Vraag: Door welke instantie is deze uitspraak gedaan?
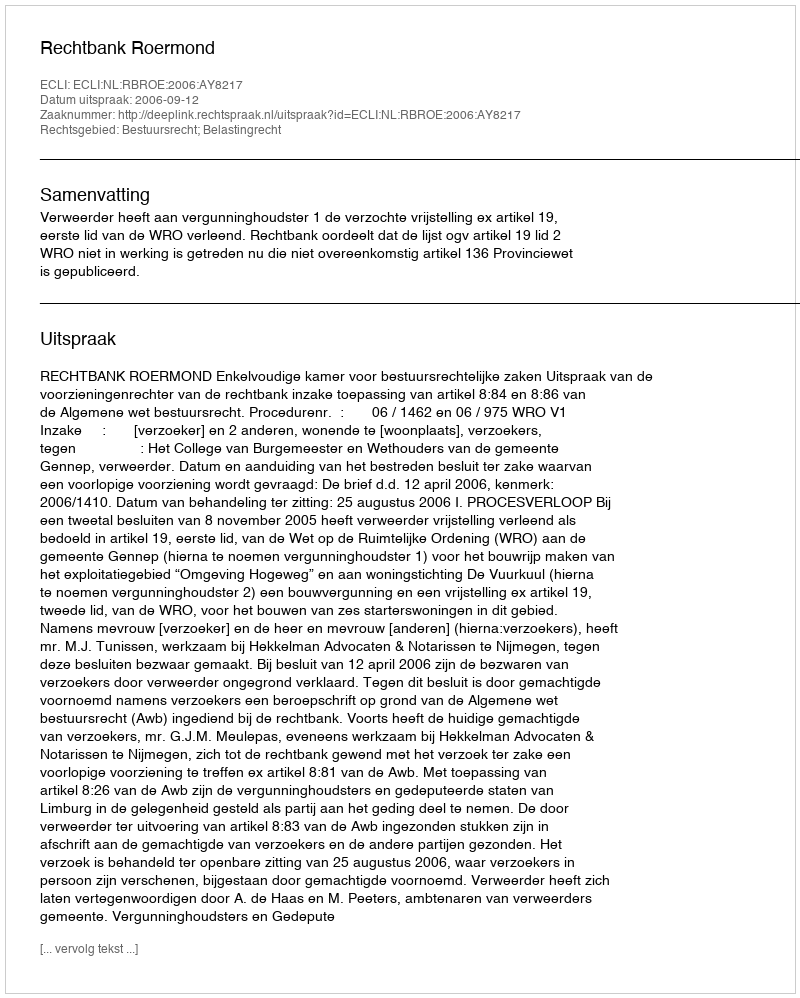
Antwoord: Rechtbank Roermond